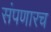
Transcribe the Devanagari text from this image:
संपणारच